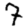
Digit: 7